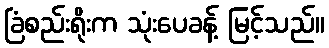
ခြံစည်းရိုးက သုံးပေခန့် မြင့်သည်။